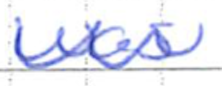
Text: was
Cross-out: zig-zag
Writing tool: ballpoint